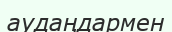
аудаңдармен